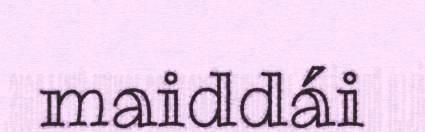
maiddái